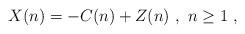
LaTeX: \begin{align*}X(n)=-C(n)+Z(n)~,~ n\geq 1~,\end{align*}